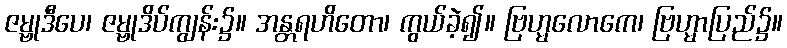
ဇမ္ဗုဒီပေ၊ ဇမ္ဗုဒိပ်ကျွန်း၌။ အန္တရဟိတော၊ ကွယ်ခဲ့၍။ ဗြဟ္မလောကေ၊ ဗြဟ္မာပြည်၌။